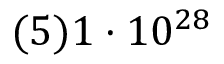
( 5 ) 1 \cdot 1 0 ^ { 2 8 }